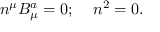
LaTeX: n ^ { \mu } B _ { \mu } ^ { a } = 0 ; \; \; \; \; n ^ { 2 } = 0 .